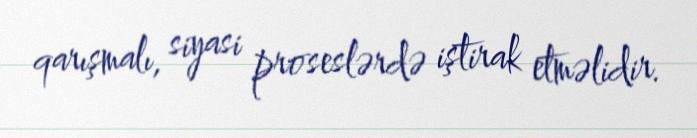
qarışmalı, siyasi proseslərdə iştirak etməlidir.